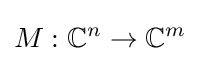
M:\mathbb {C} ^{n}\to \mathbb {C} ^{m}